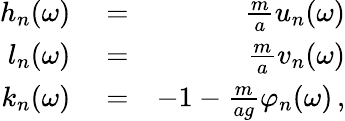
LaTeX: \begin{array}{rlr}{h_{n}(\omega)}&{{}=}&{\frac{m}{a}u_{n}(\omega)}\\ {l_{n}(\omega)}&{{}=}&{\frac{m}{a}v_{n}(\omega)}\\ {k_{n}(\omega)}&{{}=}&{-1-\frac{m}{ag}\varphi_{n}(\omega)\, ,}\end{array}